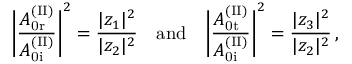
\Bigg | \frac { A _ { \mathrm { 0 r } } ^ { \mathrm { ( I I ) } } } { A _ { \mathrm { 0 i } } ^ { \mathrm { ( I I ) } } } \Bigg | ^ { 2 } = \frac { | z _ { 1 } | ^ { 2 } } { | z _ { 2 } | ^ { 2 } } \quad \mathrm { a n d } \quad \Bigg | \frac { A _ { \mathrm { 0 t } } ^ { \mathrm { ( I I ) } } } { A _ { \mathrm { 0 i } } ^ { \mathrm { ( I I ) } } } \Bigg | ^ { 2 } = \frac { | z _ { 3 } | ^ { 2 } } { | z _ { 2 } | ^ { 2 } } \, ,